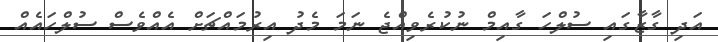
އަދި ގާޒާގައި ސުލްހަ ގާއިމް ނުކުރެވިއްޖެ ނަމަ މެދު އިރުމައްޗަށް އެއްވެސް ސުލްހައެއް